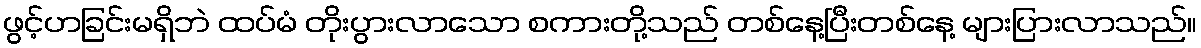
ဖွင့်ဟခြင်းမရှိဘဲ ထပ်မံ တိုးပွားလာသော စကားတို့သည် တစ်နေ့ပြီးတစ်နေ့ များပြားလာသည်။